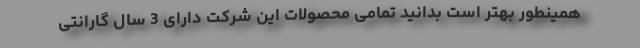
همینطور بهتر است بدانید تمامی محصولات این شرکت دارای 3 سال گارانتی